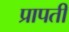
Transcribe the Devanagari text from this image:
प्रापती